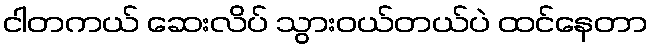
ငါတကယ် ဆေးလိပ် သွားဝယ်တယ်ပဲ ထင်နေတာ